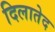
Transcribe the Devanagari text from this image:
दिलातेद